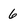
Character: 6